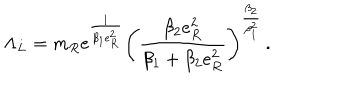
\Lambda _ { L } = m _ { R } \mathrm { e } ^ { \frac { 1 } { \beta _ { 1 } e _ { R } ^ { 2 } } } \left( \frac { \beta _ { 2 } e _ { R } ^ { 2 } } { \beta _ { 1 } + \beta _ { 2 } e _ { R } ^ { 2 } } \right) ^ { \frac { \beta _ { 2 } } { \beta _ { 1 } ^ { 2 } } } \, .